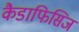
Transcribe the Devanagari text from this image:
कैडाफिसिज